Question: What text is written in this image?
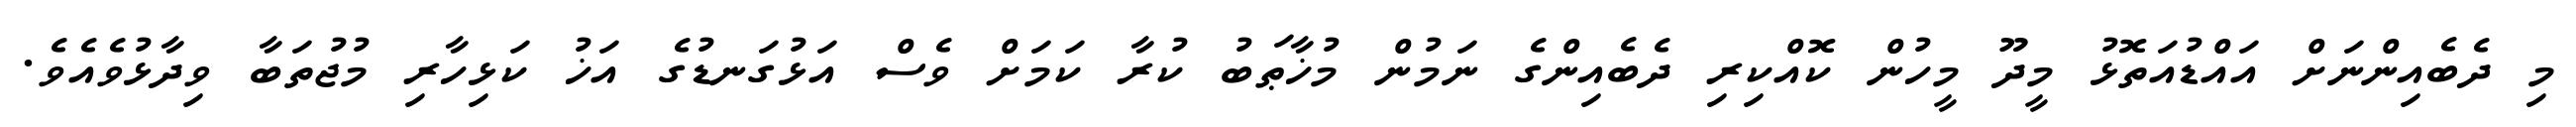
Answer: މި ދެބެއިންނަށް އައްޑުއަތޮޅު މީދޫ މީހުން ކޮއްކިރި ދެބެއިންގެ ނަމުން މުޚާޠަބު ކުރާ ކަމަށް ވެސް އަޅުގަނޑުގެ އަޚު ކަޅިހާރި މުޖުތަބާ ވިދާޅުވެއެވެ.